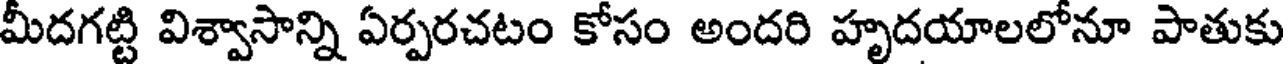
మీదగట్టి విశ్వాసాన్ని ఏర్పరచటం కోసం అందరి హృదయాలలోనూ పాతుకు